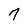
Character: 7